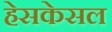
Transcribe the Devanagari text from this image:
हेसकेसल